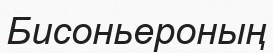
Бисоньероның